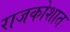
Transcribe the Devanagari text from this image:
राजकोशात